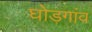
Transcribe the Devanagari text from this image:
घोड़गांव